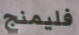
فليمنج